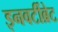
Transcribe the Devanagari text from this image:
इनवर्टीब्रेट